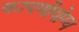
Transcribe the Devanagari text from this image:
कापणीयोग्य